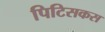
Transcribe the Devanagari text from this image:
पिटिसकस